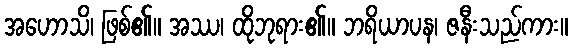
အဟောသိ၊ ဖြစ်၏။ အဿ၊ ထိုဘုရား၏။ ဘရိယာပန၊ ဇနီးသည်ကား။